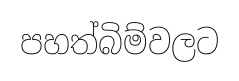
පහත්බිම්වලට